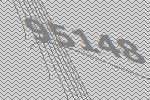
95148